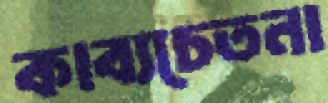
কাব্যচেতনা